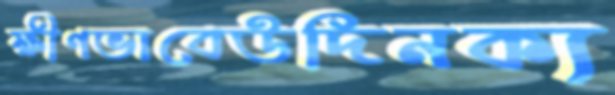
ক্ষীণভাবেউদিনক্য